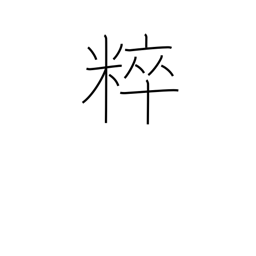
Meaning: unadulterated